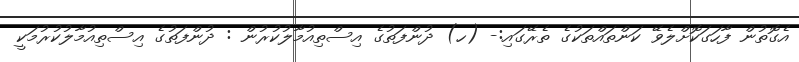
އެގޮތުން ފާހަގަކޮށްލެވޭ ކަންތައްތަކުގެ ތެރޭގައި:- (ހ) ދުންފަތުގެ އިސްތިއުމާލުކުރުން : ދުންފަތުގެ އިސްތިއުމާލުކުރުމަކީ